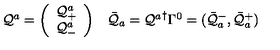
\begin{array} { c c } { { \cal Q } ^ { a } = \left( \begin{array} { c } { { \cal Q } _ { + } ^ { a } } \\ { { \cal Q } _ { - } ^ { a } } \\ \end{array} \right) } & { \bar { { \cal Q } } _ { a } = { { \cal Q } ^ { a } } ^ { \dagger } \Gamma ^ { 0 } = ( \bar { { \cal Q } } _ { a } ^ { - } , \bar { { \cal Q } } _ { a } ^ { + } ) } \\ \end{array}